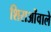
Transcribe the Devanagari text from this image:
शिराओंवाले